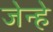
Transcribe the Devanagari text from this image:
जेन्हे